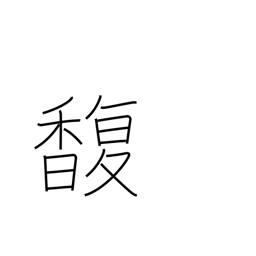
Meaning: perfume